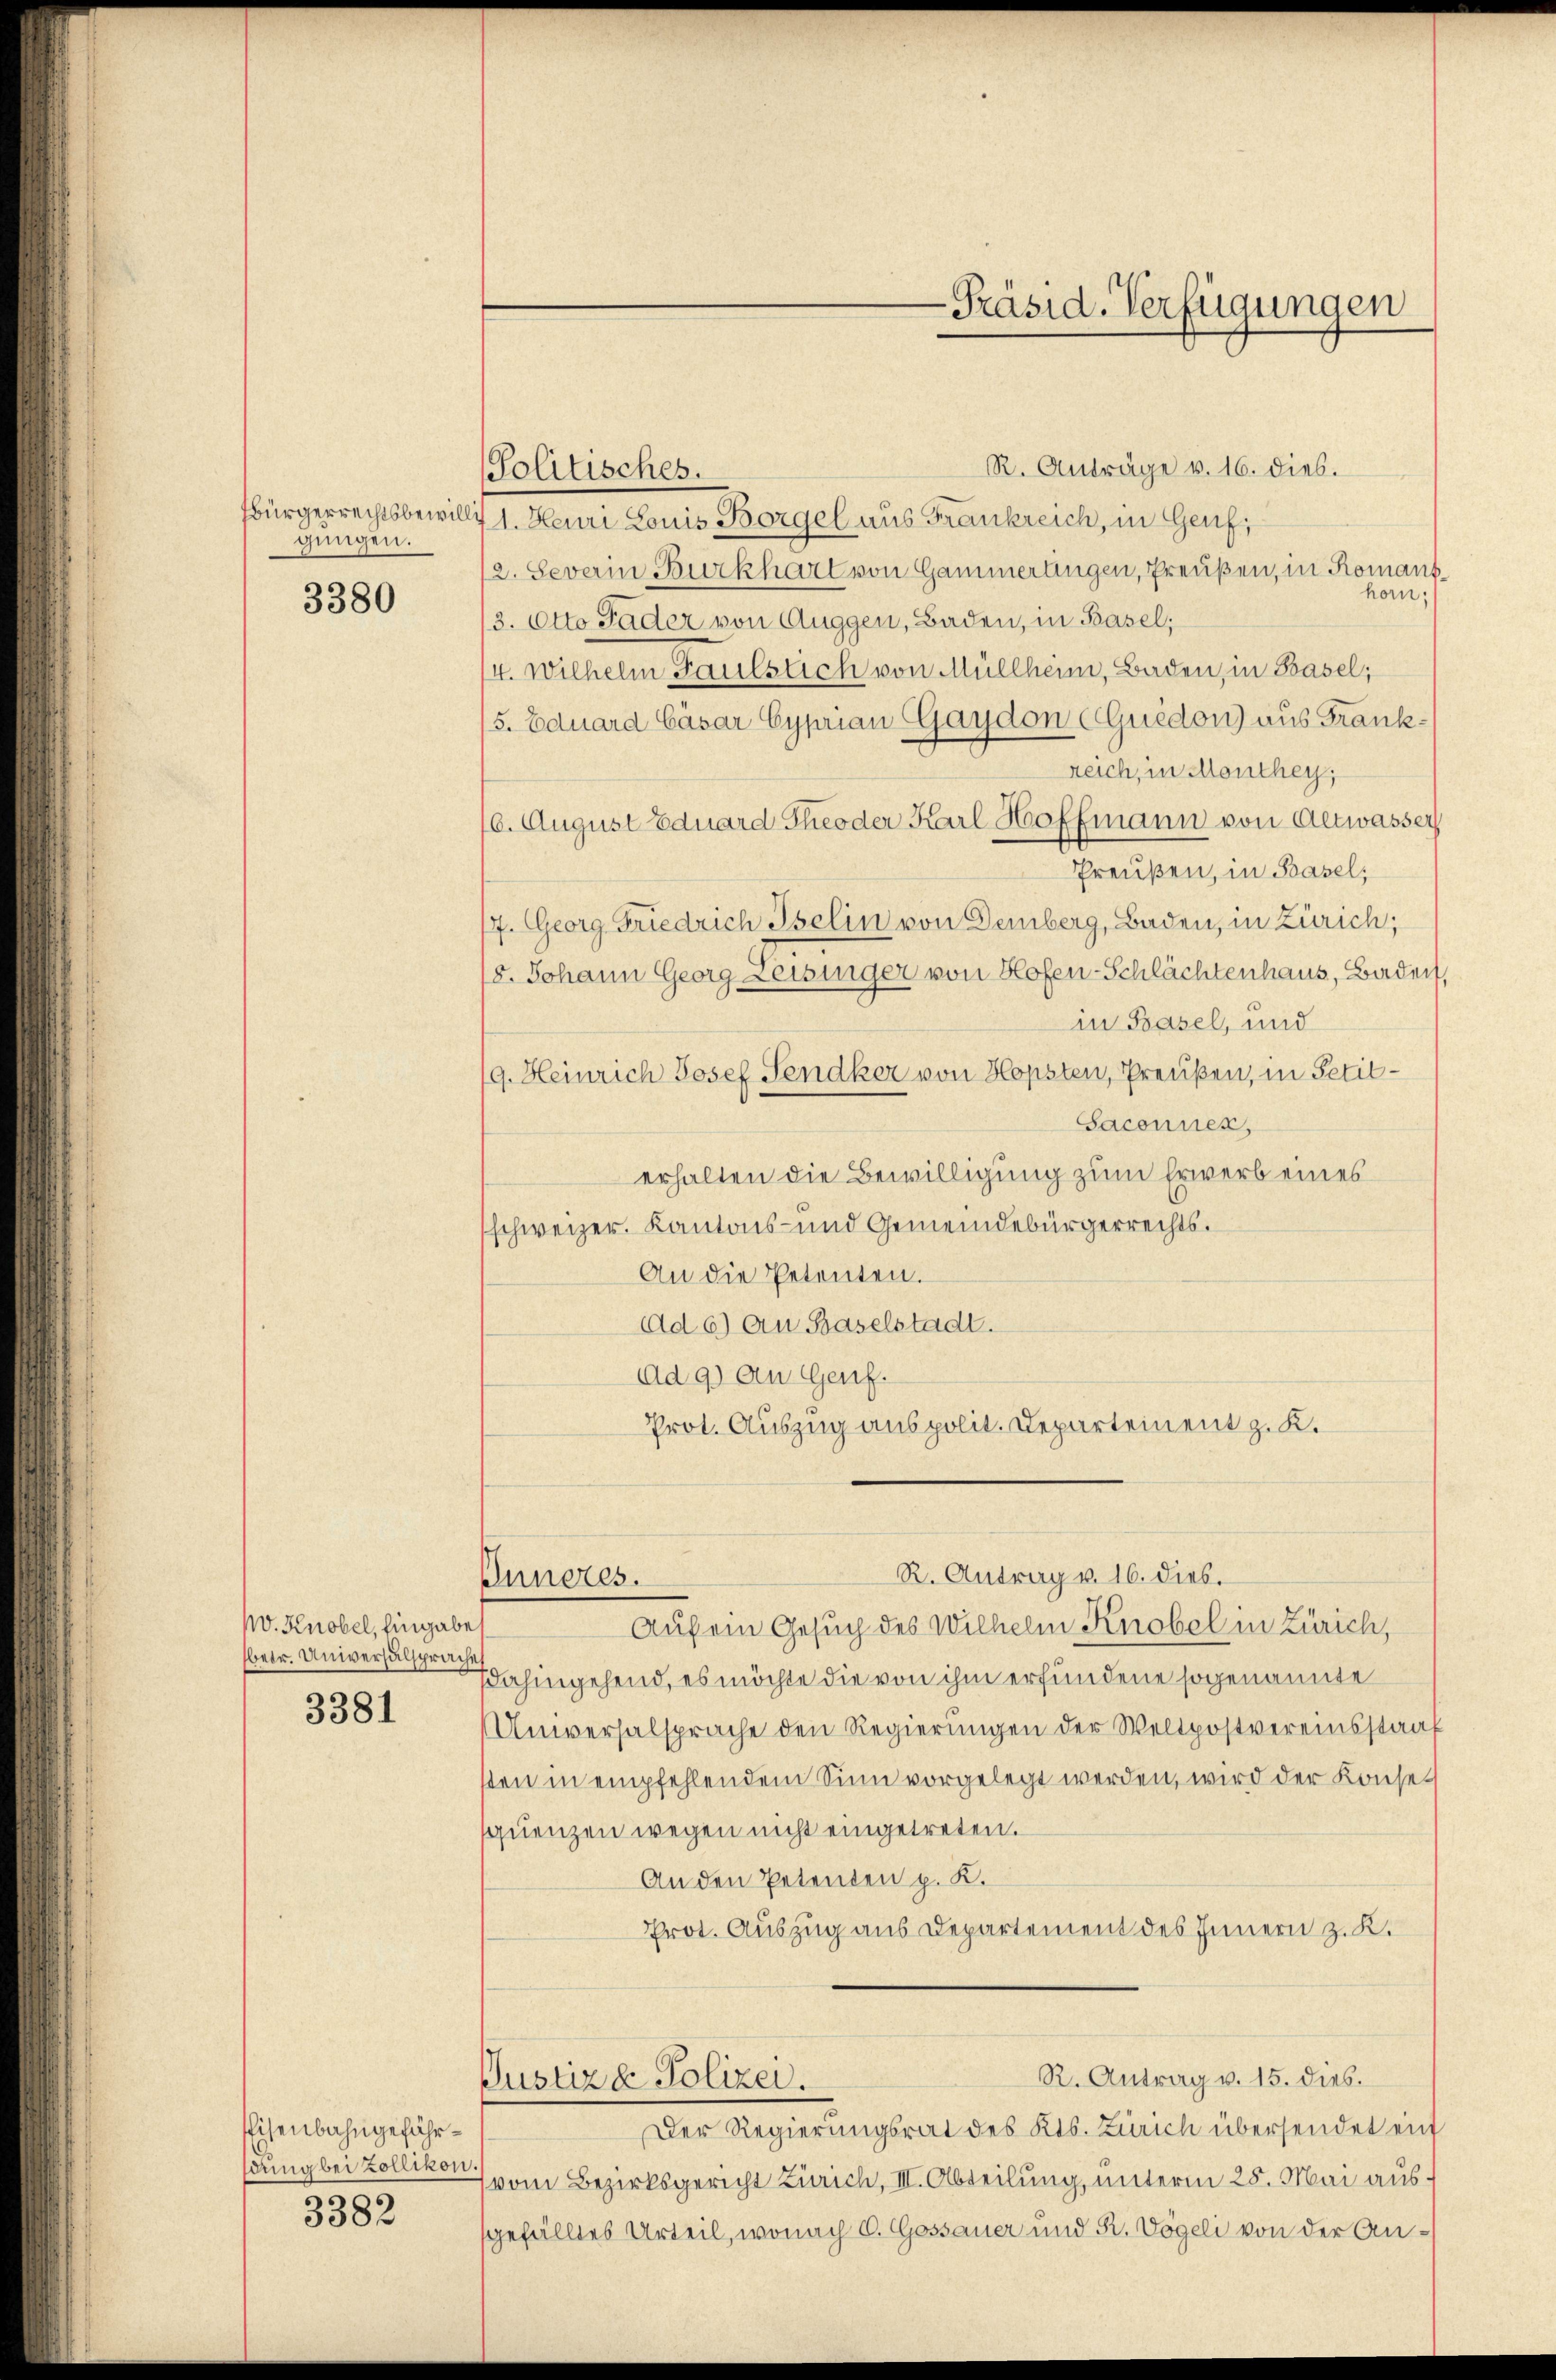
gungen.

3380

W. Knobel, Eingabe
betr. Universalsprache
3381

Eisenbahngefährsdung bei Zollikon.

3382

R. Anträge v. 16. dieb.
bürgerrechtsbewill 1. Heuri Louis Borgel aus Frankreich, in Genf,
2. Severin Burkhart von Gammerlingen, Preußen, in Romant
horn;
/3. Otto Fader von Auggen, Baden, in Basel,
4. Wilhelm Hauslich von Müllheim, Baden, in Basel;
/5. Eduard Cäsar Cyprian Gaydon Guidon) aus Frankreich, in Monthey,
6. August Eduard Theoder Karl Hoffmann von Altwasser
Preußen, in Basel,
7. Georg Friedrich Iselin von Demberg, Baden, in Zürich;
18. Johann Georg Leisinger von Hofen-Schlächtenhaus, Baden,
in Basel, und
9. Heinrich Josef Sendker von Hopsten, Preußen, in Petit-
Saconnen,
erhalten die Bewilligung zum Erwerb eines
schweizer. Kantons- und Gemeindebürgerrechts¬
An die Petenten.
Ad 6) Au Baselstadt.
Ad 9) An Genf.
Prot. Auszug aus polit. Departement z. K.

Politisches.

Auf ein Gesuch des Wilhelm Knobel in Zürich,
dahingehend, es möchte die von ihm erfundene sogenannte
Unversalsprache den Regierŭngen der Weltpostvereinsstraf
sten in empfehlendem Sinn vorgelegt werden, wird der Konse
sqŭenzen wegen nicht eingetreten.
An den Petenten p. K.
Prot. Auszug aus Departement des Innern z. K.
R. Antrag v. 15. dies.
Justiz- Polizei.
Der Regierungsrat des Kts. Zürich übersendet ein
vom Bezirksgericht Zürich, III. Abteilung, unterm 25. Mai ausgefälltes Urteil, wonach C. Gossauer und R. Vögeli von der An¬

Inneres.

-Präsid. Verfügungen

R. Antrag v. 16. dieb.